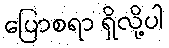
ပြောစရာ ရှိလို့ပါ